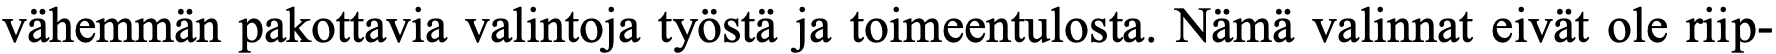
vähemmän pakottavia valintoja työstä ja toimeentulosta. Nämä valinnat eivät ole riip-